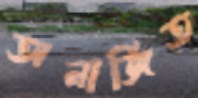
অনার্জিত